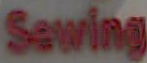
Sewing